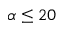
\alpha \leq 2 0